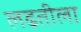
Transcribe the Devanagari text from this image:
लढतीला